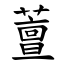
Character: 䕊